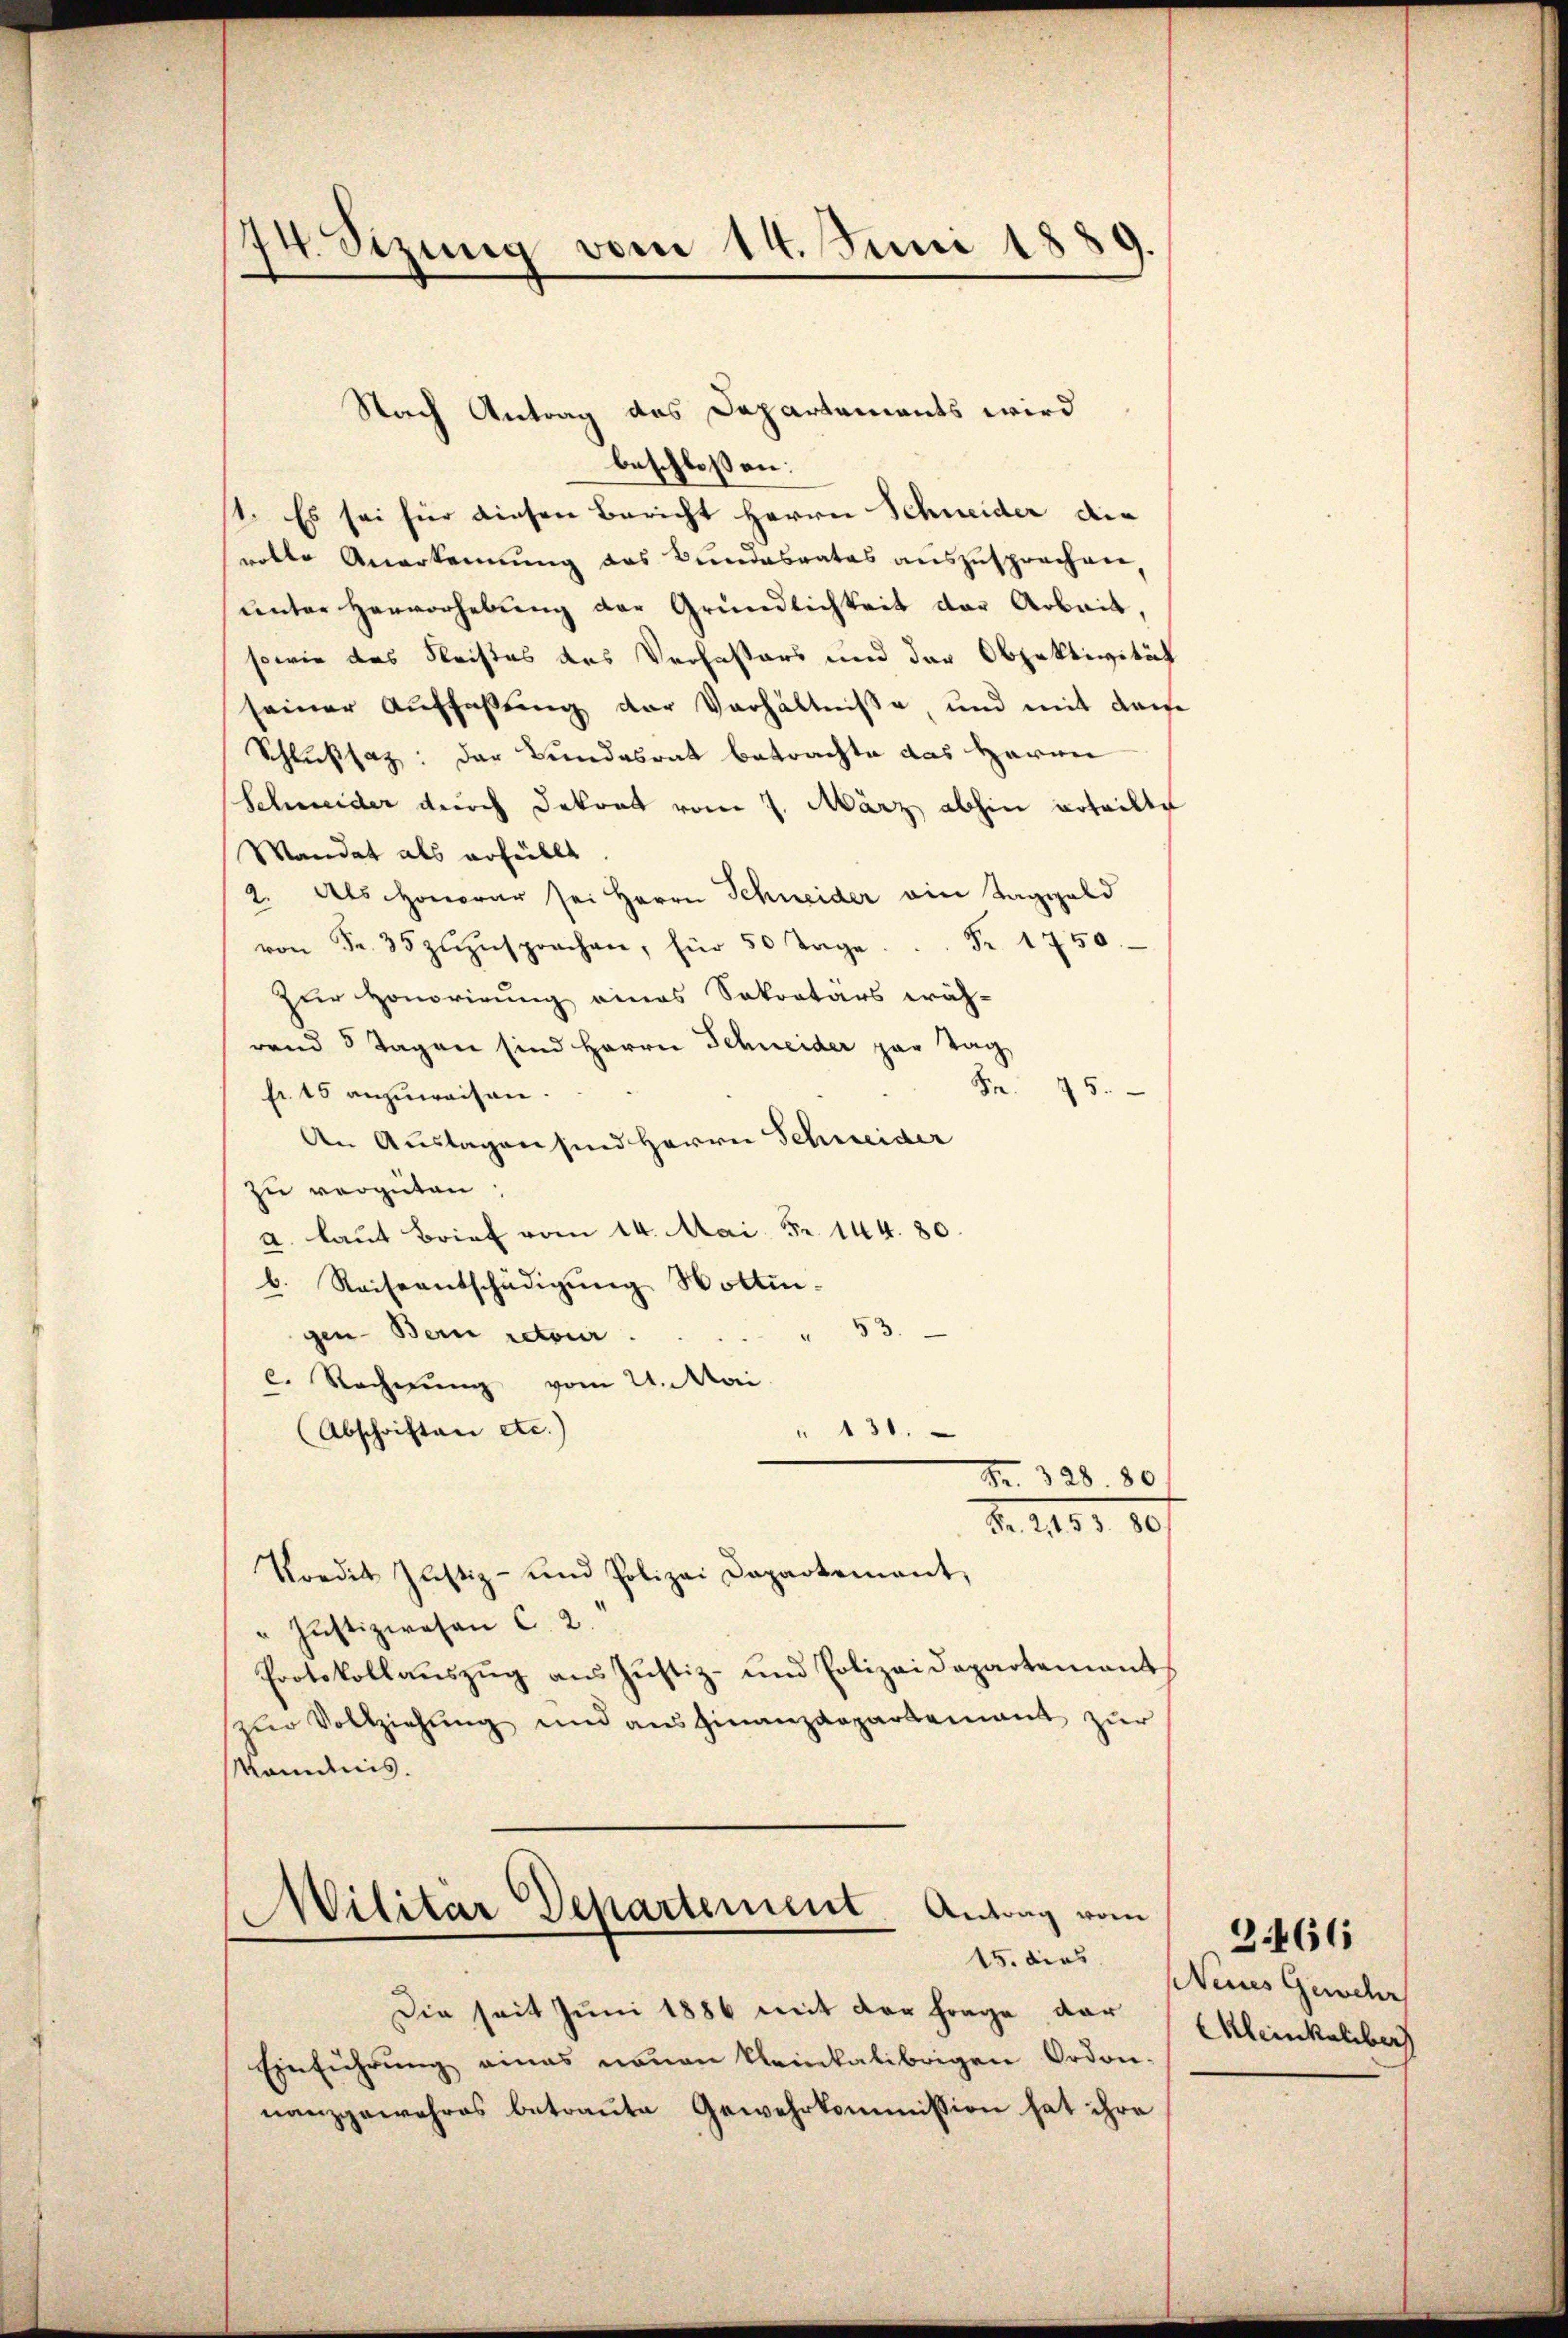
74. Stzung vom 14. Juni 1889.

Nach Antrag des Departaments wird
beschlossen:
1. Es sei für diesen Bericht Herrn Schneider die
volte Anerkennung das Bundesrates aŭszŭsprechen,
unter Hervorhebung der Gründlichkeit der Arbeit,
sowie das Fleistes des Verfassers und der Objektivität
seiner Auffaßung der Verhältniße, und mit dem
Schlußsatz: der Bundesrat betrachte das Herrn
Schweider durch Dekret vom 7. März abhin erteilte
Mandat als erfüllt
2. Als Honorar sei Herrn Schneider ain Taggeld
von Fr. 35 zŭzŭsprochen, für 50 Tage. ..  Fr. 1750
zur Honorirung eines Sokratars wäh-
rend 3 Tagen sind Herrn Schneider par Tag
Fr. 75.
fr. 15 anzuweisen.
An Auslagen sind Herrn Schweider
zu vergüten;
a. laut Brief vom 14. Mai. Fr. 144. 80.
b. Reiseentschädigŭng Wottin-
53.
gen Bern retour.
l. Rechnung vom 21. Mai.
Abschriften etc.)
" 131.
Fr. 328. 80
M. 181. 10.
Kordit Justiz- und Polizei Dapartement,
" Justizwesen C. 2.
Protokollauszug aus Justiz- und Polizeidepartement,
zŭr Vollziehŭng und ausfinanzdepartement zŭr
Mondnis.

Militär Departement Antrag vom
15. dies

Die seit Juni 1886 mit der Frage dar
Einführung emas neuen kleinkalibrigen Ordon-
nanzgewahres betraute Gewehrkommission hat ihre

3.466
Neines Gewehr
CKleinkeliber